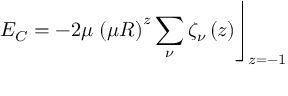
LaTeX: E _ { C } = - 2 \mu \left. \left( \mu R \right) ^ { z } \sum _ { \nu } \zeta _ { \nu } \left( z \right) \right\rfloor _ { z = - 1 }